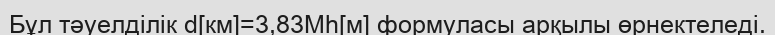
Бұл тәуелділік d[км]=3,83Мһ[м] формуласы арқылы өрнектеледі.